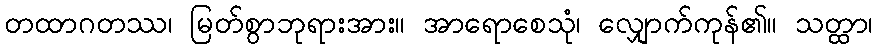
တထာဂတဿ၊ မြတ်စွာဘုရားအား။ အာရောစေသုံ၊ လျှောက်ကုန်၏။ သတ္ထာ၊